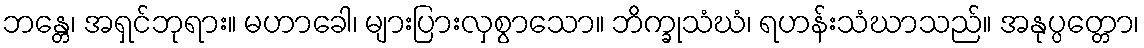
ဘန္တေ၊ အရှင်ဘုရား။ မဟာခေါ၊ များပြားလှစွာသော။ ဘိက္ခုသံဃံ၊ ရဟန်းသံဃာသည်။ အနုပ္ပတ္တော၊